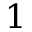
1